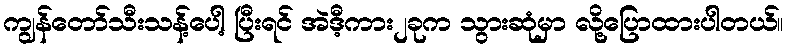
ကျွန်တော်သီးသန့်ပေါ့ ပြီးရင် အဲဒီ့ကား၂ခုက သွားဆုံမှာ လို့ပြောထားပါတယ်။